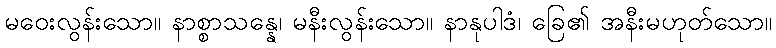
မဝေးလွန်းသော။ နာစ္စာသန္နေ၊ မနီးလွန်းသော။ နာနုပါဒံ၊ ခြေ၏ အနီးမဟုတ်သော။